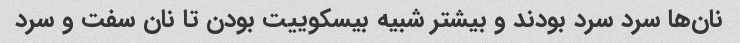
نان‌ها سرد سرد بودند و بیشتر شبیه بیسکوییت بودن تا نان سفت و سرد